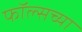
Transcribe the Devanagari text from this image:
फॉल्सच्या